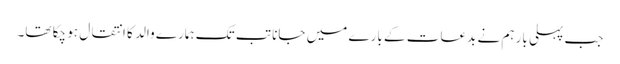
جب پہلی بار ہم نے بدعات کے بارے میں جانا تب تک ہمارے والد کا انتقال ہو چکا تھا۔